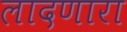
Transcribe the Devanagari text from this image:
लादणारा